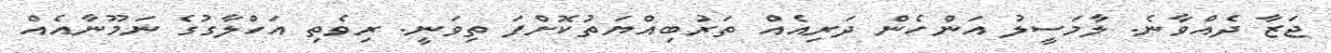
ޖަޒާ ދެއްވާނެ. ލާމަސީލު އަންހެން ދަރިއެއް ތަރުބިއްޔަތުކޮށްފަ ތިވަނީ. ރިވެތި އަހްލާގުގެ ނަމޫނާއެއް